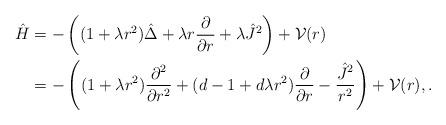
LaTeX: \begin{align*} {\hat H} &= - \left((1+\lambda r^2)\hat{\Delta} + \lambda r \frac{\partial}{\partial r} + \lambda {\hat J}^2 \right) + {\cal V}(r) \\ &= - \left((1+\lambda r^2)\frac{\partial^2}{\partial r^2} + (d-1+d\lambda r^2)\frac{\partial}{\partial r} - \frac{{\hat J}^2}{r^2}\right) + {\cal V}(r),. \end{align*}